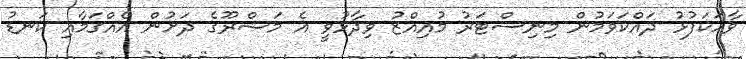
ވާހަކަފުޅު ދައްކަވަމުން މިނިސްޓަރު މުއިއްޒު ވިދާޅުވީ އެ މަޝްރޫގެ ދަށުން އެއްގަމާއި ކަނޑު